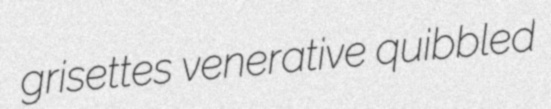
grisettes venerative quibbled